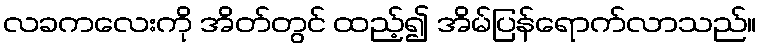
လခကလေးကို အိတ်တွင် ထည့်၍ အိမ်ပြန်ရောက်လာသည်။